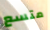
متسع